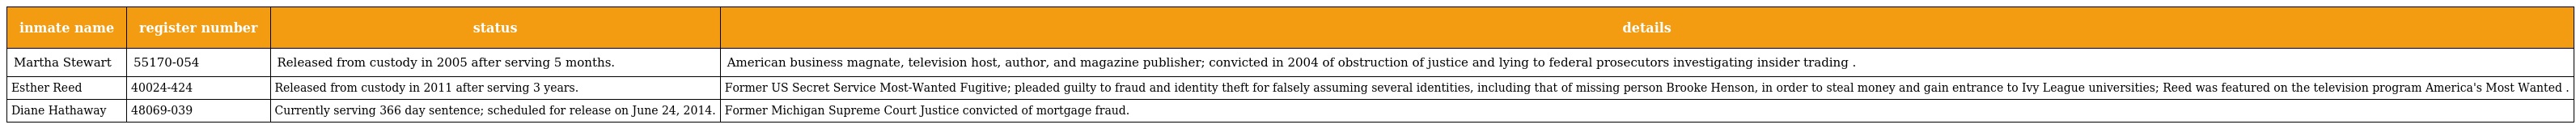
| inmate name | register number | status | details |
 | --- | --- | --- | --- |
 | Martha Stewart | 55170-054 | Released from custody in 2005 after serving 5 months. | American business magnate, television host, author, and magazine publisher; convicted in 2004 of obstruction of justice and lying to federal prosecutors investigating insider trading . |
 | Esther Reed | 40024-424 | Released from custody in 2011 after serving 3 years. | Former US Secret Service Most-Wanted Fugitive; pleaded guilty to fraud and identity theft for falsely assuming several identities, including that of missing person Brooke Henson, in order to steal money and gain entrance to Ivy League universities; Reed was featured on the television program America's Most Wanted . |
 | Diane Hathaway | 48069-039 | Currently serving 366 day sentence; scheduled for release on June 24, 2014. | Former Michigan Supreme Court Justice convicted of mortgage fraud. |